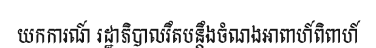
យកការណ៍ រដ្ឋាភិបាលរឹតបន្តឹងចំណងអាពាហ៍ពិពាហ៍